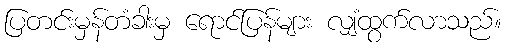
ပြတင်းမှန်တံခါးမှ ရောင်ပြန်များ လျှံထွက်လာသည်။